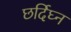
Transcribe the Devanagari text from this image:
छर्दिघ्न